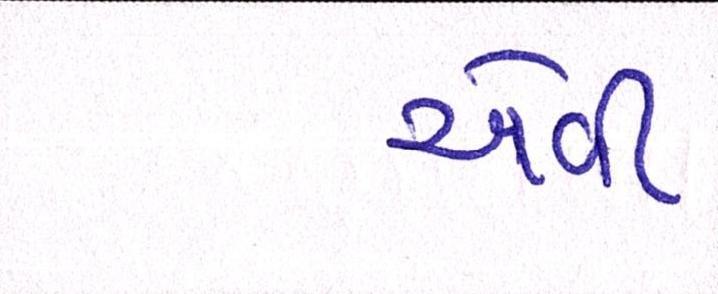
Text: એવી